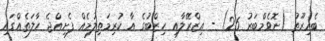
ބެއިރޫތު (ނޮވެމްބަރު 26) - އިޒްރޭލާއި ހިޒްބުގެ އާ ކުރިމަތިލުމެއް ފެށިއްޖެ ހާލަތެއްގައި